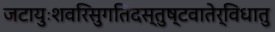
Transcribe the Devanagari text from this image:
जटायुःशवरिसुगतिदस्तुष्टवातेर्विधातु